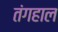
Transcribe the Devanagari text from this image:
तंगहाल